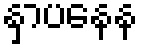
နှာပနေန